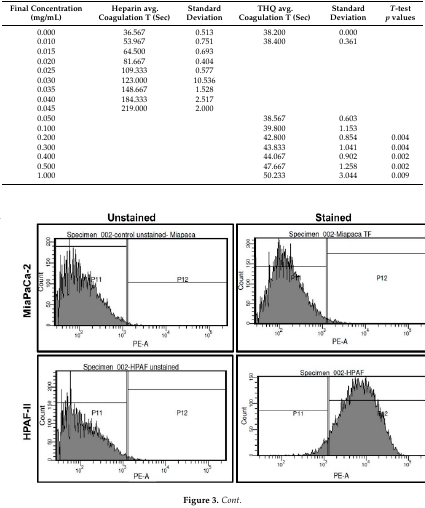
<table><thead><tr><td><b>Final Concentration (mg/mL)</b></td><td><b>Heparin avg. Coagulation T (Sec)</b></td><td><b>Standard Deviation</b></td><td><b>THQ avg. Coagulation T (Sec)</b></td><td><b>Standard Deviation</b></td><td><b><i>T</i>-test <i>p</i> values</b></td></tr></thead><tbody><tr><td>0.000</td><td>36.567</td><td>0.513</td><td>38.200</td><td>0.000</td><td></td></tr><tr><td>0.010</td><td>53.967</td><td>0.751</td><td>38.400</td><td>0.361</td><td></td></tr><tr><td>0.015</td><td>64.500</td><td>0.693</td><td></td><td></td><td></td></tr><tr><td>0.020</td><td>81.667</td><td>0.404</td><td></td><td></td><td></td></tr><tr><td>0.025</td><td>109.333</td><td>0.577</td><td></td><td></td><td></td></tr><tr><td>0.030</td><td>123.000</td><td>10.536</td><td></td><td></td><td></td></tr><tr><td>0.035</td><td>148.667</td><td>1.528</td><td></td><td></td><td></td></tr><tr><td>0.040</td><td>184.333</td><td>2.517</td><td></td><td></td><td></td></tr><tr><td>0.045</td><td>219.000</td><td>2.000</td><td></td><td></td><td></td></tr><tr><td>0.050</td><td></td><td></td><td>38.567</td><td>0.603</td><td></td></tr><tr><td>0.100</td><td></td><td></td><td>39.800</td><td>1.153</td><td></td></tr><tr><td>0.200</td><td></td><td></td><td>42.800</td><td>0.854</td><td>0.004</td></tr><tr><td>0.300</td><td></td><td></td><td>43.833</td><td>1.041</td><td>0.004</td></tr><tr><td>0.400</td><td></td><td></td><td>44.067</td><td>0.902</td><td>0.002</td></tr><tr><td>0.500</td><td></td><td></td><td>47.667</td><td>1.258</td><td>0.002</td></tr><tr><td>1.000</td><td></td><td></td><td>50.233</td><td>3.044</td><td>0.009</td></tr></tbody></table>